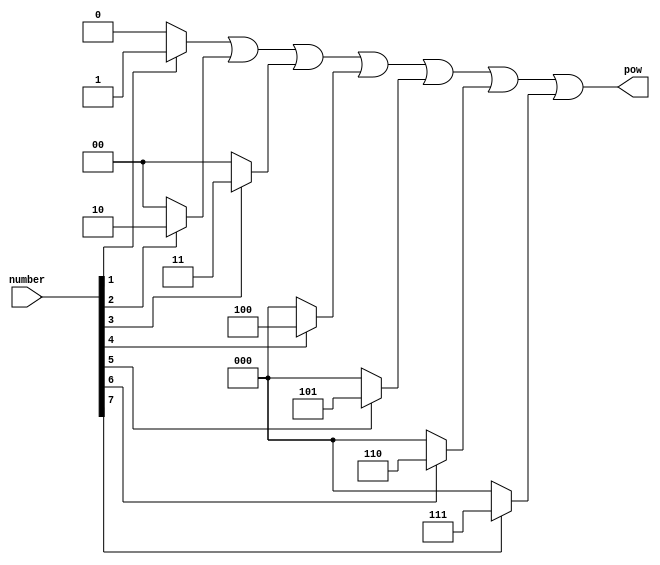
module get_pow
(
	input [7:0] number,
	output [2:0] pow
);

wire [2:0] b0, b1, b2, b3, b4, b5, b6, b7;

assign b0 = (number[0] == 1) ? 0 : 0;
assign b1 = (number[1] == 1) ? 1 : 0;
assign b2 = (number[2] == 1) ? 2 : 0;
assign b3 = (number[3] == 1) ? 3 : 0;
assign b4 = (number[4] == 1) ? 4 : 0;
assign b5 = (number[5] == 1) ? 5 : 0;
assign b6 = (number[6] == 1) ? 6 : 0;
assign b7 = (number[7] == 1) ? 7 : 0;
assign pow = b0 | b1 | b2 | b3 | b4 | b5 | b6 | b7;

endmodule